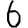
Digit: 6